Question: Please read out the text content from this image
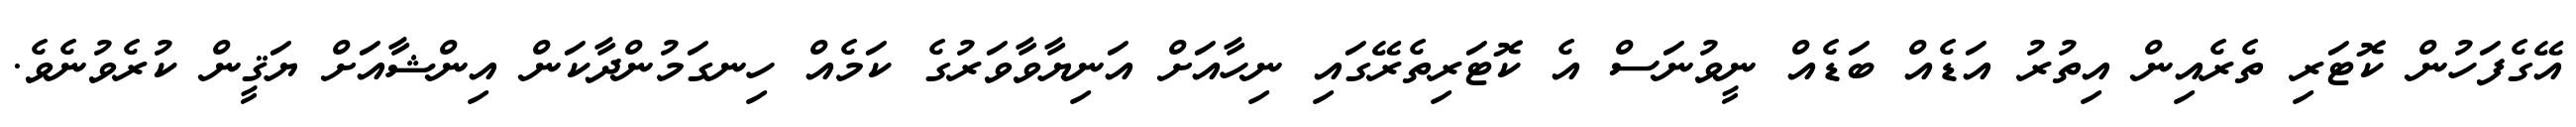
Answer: އޭގެފަހުން ކޮޓަރި ތެރެއިން އިތުރު އަޑެއް ބަޑެއް ނީވުނަސް އެ ކޮޓަރިތެރޭގައި ނިހާއަށް އަނިޔާވާވަރުގެ ކަމެއް ހިނގަމުންދާކަން އިންޝާއަށް ޔަޤީން ކުރެވުނެވެ.